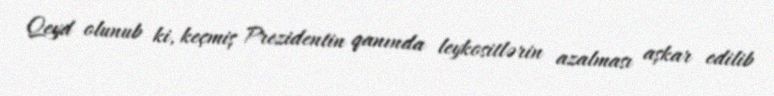
Qeyd olunub ki, keçmiş Prezidentin qanında leykositlərin azalması aşkar edilib